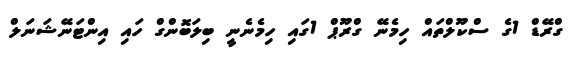
ގްރޭޑް 1ގެ ސްކޫލްތައް ހިމެނޭ ގްރޫޕް 1ގައި ހިމެނެނީ ބިލަބޮންގް ހައި އިންޓަނޭޝަނަލް